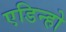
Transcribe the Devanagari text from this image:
एडिन्हो